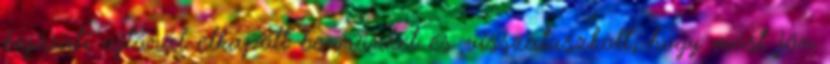
bejárati ajtónál elkapott bennünket és visszatuszkolt, hogy most jön